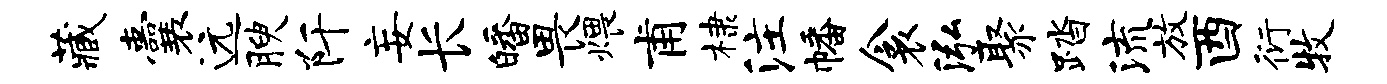
藏囊远腴阡妄长皤畏煨甫棣注幡衾泓聚踏流放酉衍牧